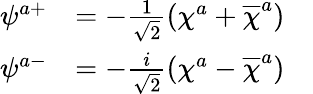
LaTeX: \begin{array}{ccc}{{\psi^{a+}}}&{{=-\frac 1{\sqrt{2}}\left(\chi^{a}+\overline{{{\chi}}}^{a}\right)}}&{{}}\\ {{\psi^{a-}}}&{{=-\frac i{\sqrt{2}}\left(\chi^{a}-\overline{{{\chi}}}^{a}\right)}}&{{}}\end{array}